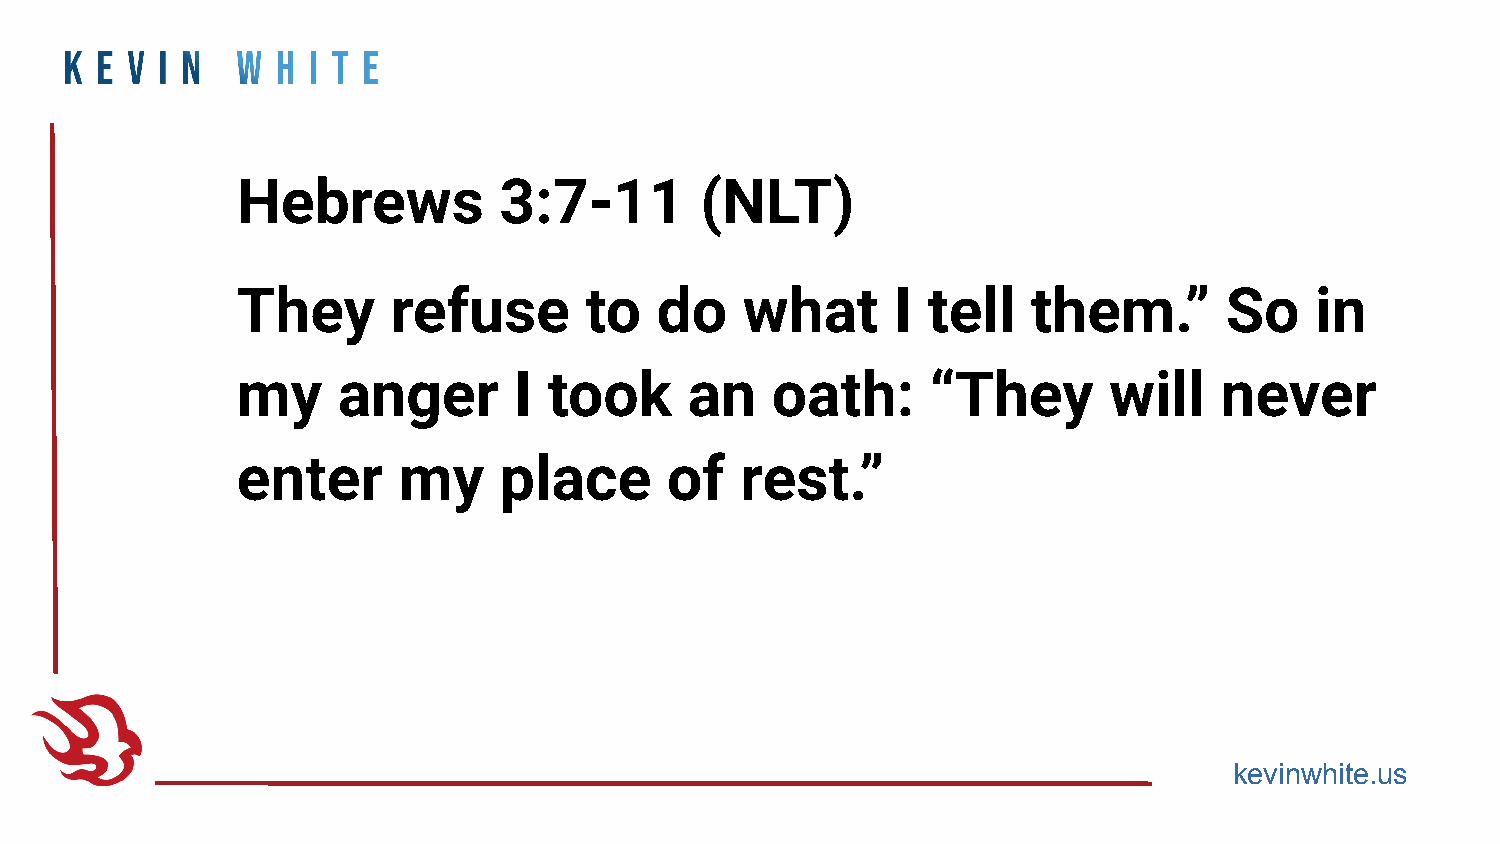
Hebrews          3:7-11       (NLT)
 They      refuse       to  do    what      I tell   them.”       So    in
 my    anger       I took      an   oath:      “They      will    never
 enter     my     place      of   rest.”
 kevinwhite.us